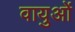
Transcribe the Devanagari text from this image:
वायुओं